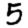
Digit: 5